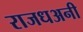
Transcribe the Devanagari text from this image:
राजधअनी